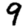
Digit: 9